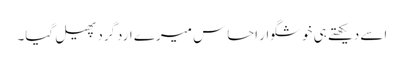
اسے دیکھتے ہی خوشگوار احساس میرے اردگرد پھیل گیا۔